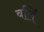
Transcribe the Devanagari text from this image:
बर्लि